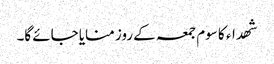
شھداء کا سوم جمعہ کے روز منایا جائے گا۔